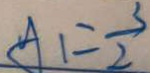
A _ { 1 } = \frac { 3 } { 2 }